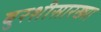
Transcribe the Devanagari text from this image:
बुरशीसारख्या